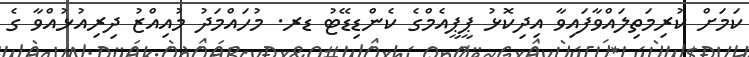
ކަމަށް ކުރިމަތިލައްވާފައިވާ އިދިކޮޅު ޕީޕީއެމްގެ ކެންޑިޑޭޓު ޑރ. މުހައްމަދު މުއިއްޒު ދިރިއުޅުއްވާ ގެ